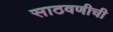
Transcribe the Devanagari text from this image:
साठवणीची